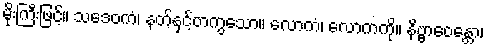
မိုးကြီးဖြင့်။ သဒေဝကံ၊ နတ်နှင့်တကွသော။ လောကံ၊ လောကကို။ နိဗ္ဗာဝေန္တော၊